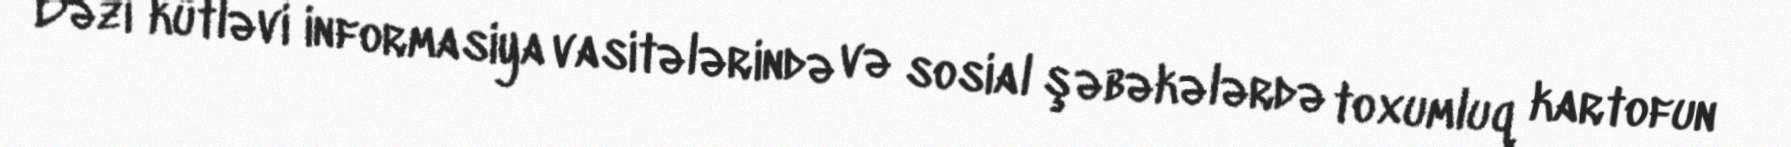
Bəzi kütləvi informasiya vasitələrində və sosial şəbəkələrdə toxumluq kartofun